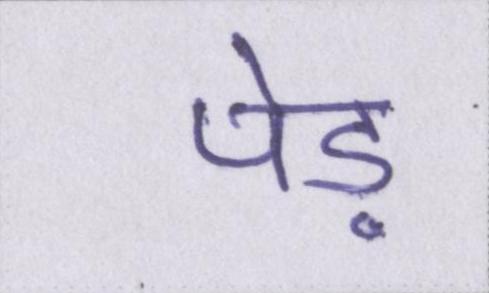
पेड़